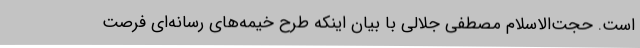
است. حجت‌الاسلام مصطفی جلالی با بیان اینکه طرح خیمه‌های رسانه‌ای فرصت